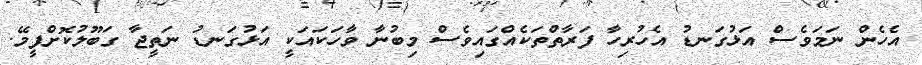
އެހެން ނަމަވެސް އަޅުގަނޑު އެހުރިހާ ފަރާތްތަކެއްގައިވެސް މިބުނާ ވާހަކައަކީ އަޅުގަނޑު ނަތީޖާ ގަބޫލުކޮށްފީމޭ.